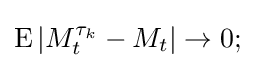
\operatorname {E} |M_{t}^{\tau _{k}}-M_{t}|\to 0;